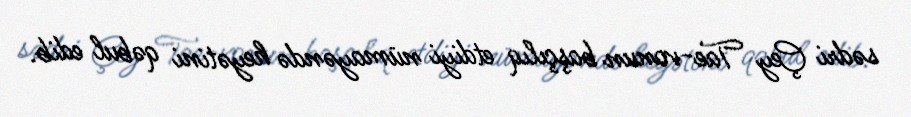
sədri Çey Tae-vonun başçılıq etdiyi nümayəndə heyətini qəbul edib.